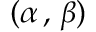
( \alpha \, , \, \beta )